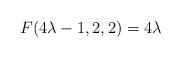
LaTeX: \begin{align*} F(4\lambda-1,2,2)= 4\lambda\end{align*}